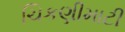
ચિકણીમાટી